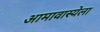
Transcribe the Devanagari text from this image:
आमावास्येला